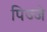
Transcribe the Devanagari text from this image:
पिज्जे